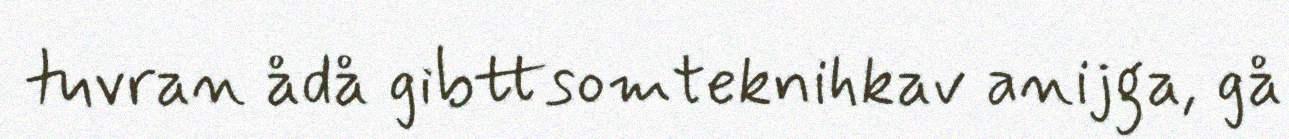
tuvran ådå gibttsomteknihkav anijga, gå